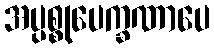
အပ္ပစ္စုပေက္ခဏာပေ